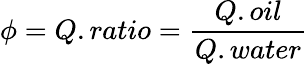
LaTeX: \phi=Q.ratio=\frac{Q.oil}{Q.water}